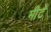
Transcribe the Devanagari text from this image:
मीटे